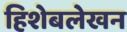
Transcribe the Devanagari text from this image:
हिशेबलेखन